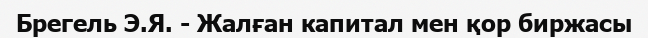
Брегель Э.Я. - Жалған капитал мен қор биржасы